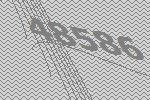
48586